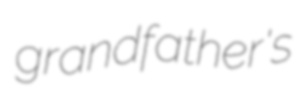
grandfather's